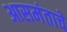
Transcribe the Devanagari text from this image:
आसमंताचे